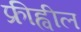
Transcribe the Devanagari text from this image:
फ्रीह्वील